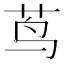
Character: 茑